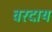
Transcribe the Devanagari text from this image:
वरदाय